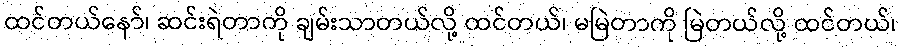
ထင်တယ်နော်၊ ဆင်းရဲတာကို ချမ်းသာတယ်လို့ ထင်တယ်၊ မမြဲတာကို မြဲတယ်လို့ ထင်တယ်၊